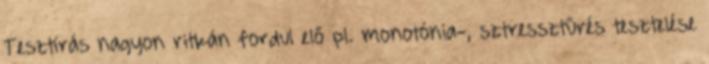
Tesztírás nagyon ritkán fordul elő pl. monotónia-, sztressztűrés tesztelése